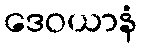
ဒေဝယာနံ